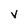
Character: v